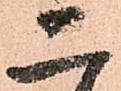
二